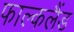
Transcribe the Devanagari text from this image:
फाल्कलैंड